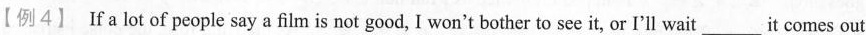
【例4】 If a lot of people say a film is not good, I won't bother to see it, or I'll wait___it comes out